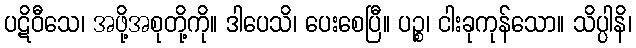
ပဋိဝီသေ၊ အဖို့အစုတို့ကို။ ဒါပေသိ၊ ပေးစေပြီ။ ပဉ္စ၊ ငါးခုကုန်သော။ သိပ္ပါနိ၊